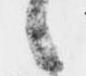
候